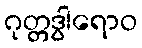
ဂုတ္တဒွါရောဝ